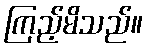
ကြည့်မိသည်။